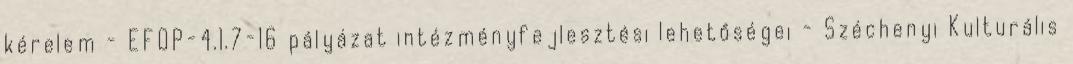
kérelem - EFOP-4.1.7-16 pályázat intézményfejlesztési lehetőségei - Széchenyi Kulturális